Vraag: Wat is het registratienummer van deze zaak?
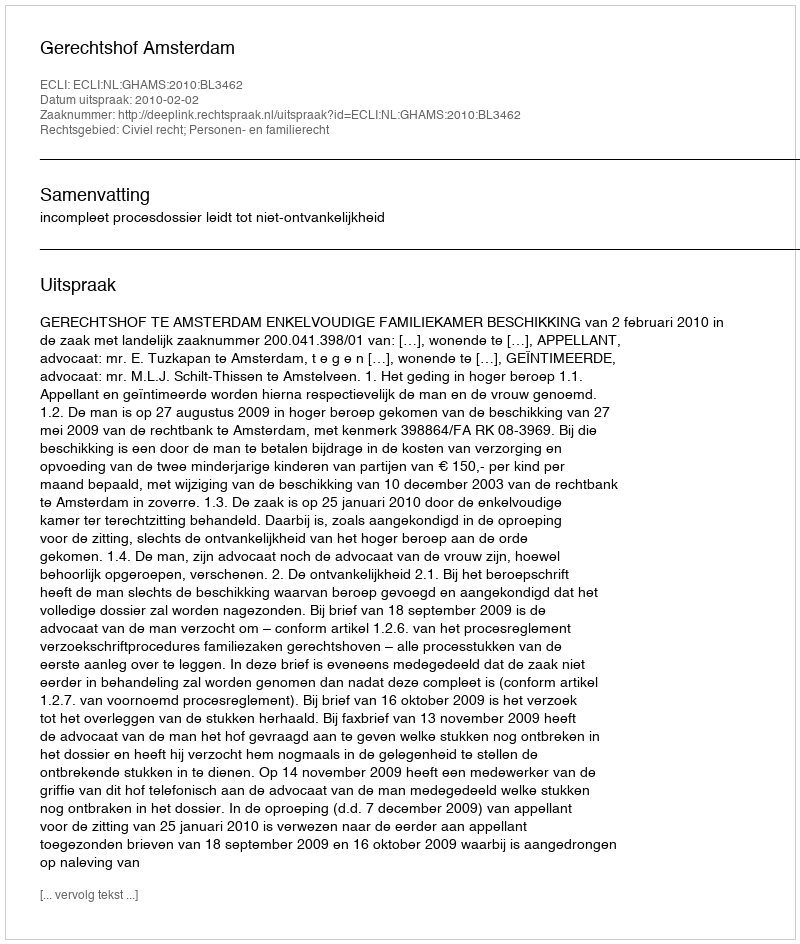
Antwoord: http://deeplink.rechtspraak.nl/uitspraak?id=ECLI:NL:GHAMS:2010:BL3462